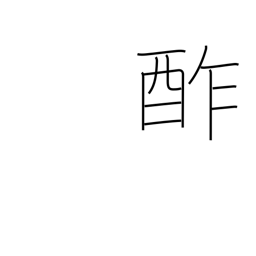
Meaning: sour